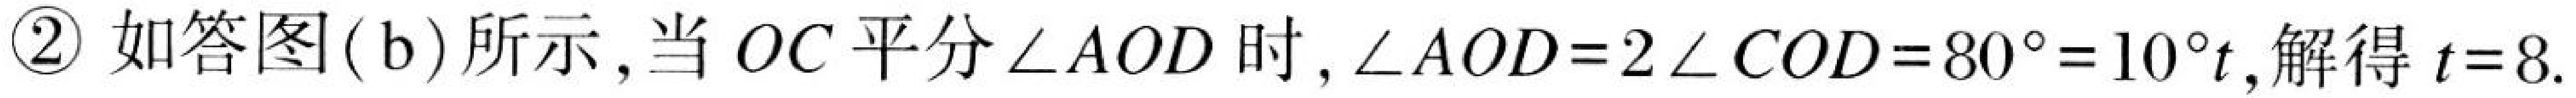
\textcircled{2} 如答图(b)所示, 当 \(OC\) 平分 \(\angle AOD\) 时, \(\angle AOD = 2\angle COD = 80^{\circ}=10^{\circ}t\), 解得 \(t = 8\).